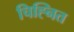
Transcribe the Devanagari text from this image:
चिह्नित